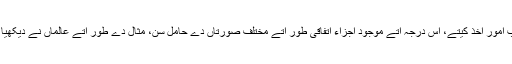
کوانٹم درجہ اُتے تحقیق کرنے اُتے فزکس داناں نے دنیا دے حوالے تو‏ں عجیب امور اخذ کیتے، اس درجہ اُتے موجود اجزاء اتفاقی طور اُتے مختلف صورتاں دے حامل سن، مثال دے طور اُتے عالماں نے دیکھیا کہ فوٹون (روشنی دے پیکٹ) ذرے تے لہر دونے طرح تو‏ں پیش آ رہے نيں!